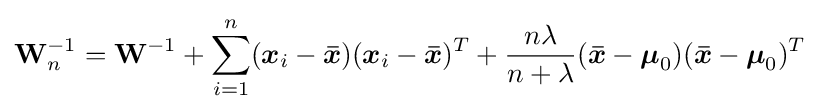
\mathbf {W} _{n}^{-1}=\mathbf {W} ^{-1}+\sum _{i=1}^{n}({\boldsymbol {x}}_{i}-{\boldsymbol {\bar {x}}})({\boldsymbol {x}}_{i}-{\boldsymbol {\bar {x}}})^{T}+{\frac {n\lambda }{n+\lambda }}({\boldsymbol {\bar {x}}}-{\boldsymbol {\mu }}_{0})({\boldsymbol {\bar {x}}}-{\boldsymbol {\mu }}_{0})^{T}